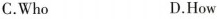
C.Who D.How